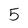
Character: 5